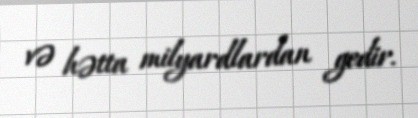
və hətta milyardlardan gedir.